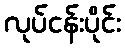
လုပ်ငန်းပိုင်း